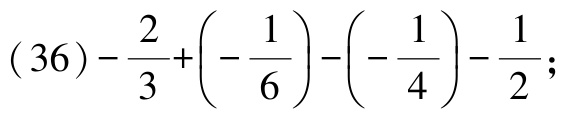
\((36)-\frac{2}{3}+\left(-\frac{1}{6}\right)-\left(-\frac{1}{4}\right)-\frac{1}{2};\)